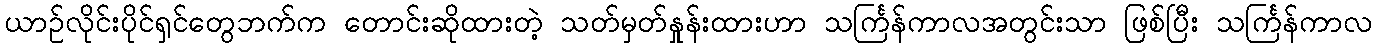
ယာဉ်လိုင်းပိုင်ရှင်တွေဘက်က တောင်းဆိုထားတဲ့ သတ်မှတ်နှုန်းထားဟာ သင်္ကြန်ကာလအတွင်းသာ ဖြစ်ပြီး သင်္ကြန်ကာလ